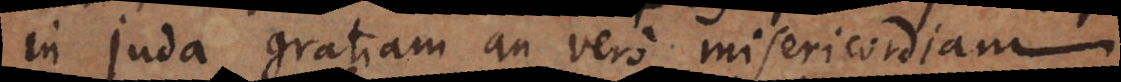
in Juda gratiam an vero misericordiam